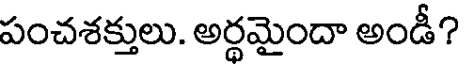
పంచశక్తులు. అర్థమైందా అండీ?